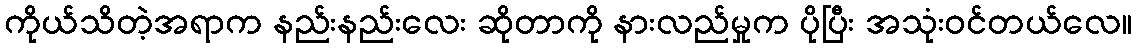
ကိုယ်သိတဲ့အရာက နည်းနည်းလေး ဆိုတာကို နားလည်မှုက ပိုပြီး အသုံးဝင်တယ်လေ။